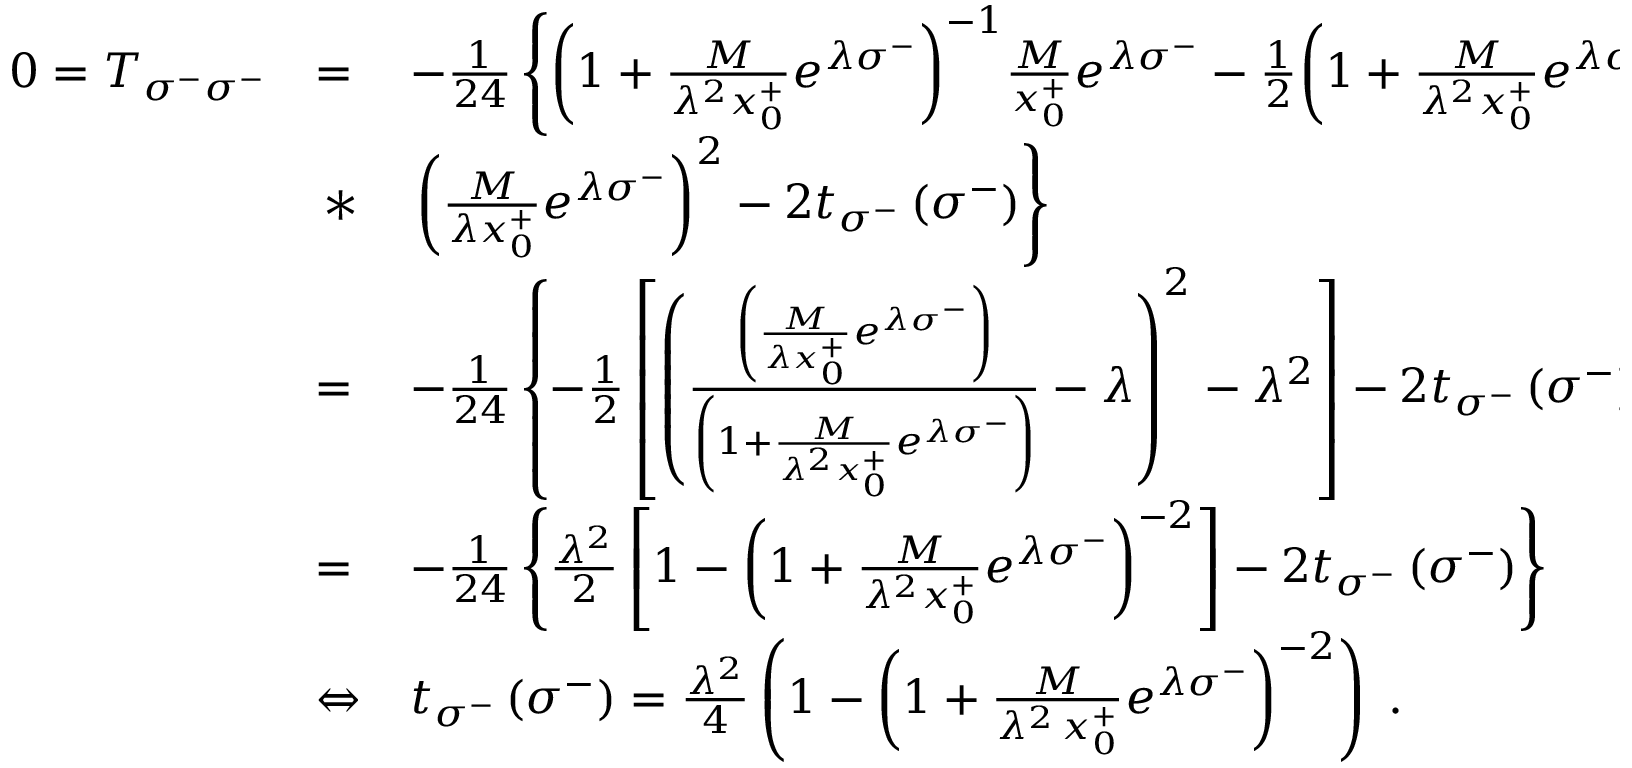
\begin{array} { l l l } { { 0 = T _ { \sigma ^ { - } \sigma ^ { - } } } } & { { = } } & { { - { \frac { 1 } { 2 4 } } \left\{ { \left( 1 + { \frac { M } { \lambda ^ { 2 } x _ { 0 } ^ { + } } } e ^ { \lambda \sigma ^ { - } } \right) } ^ { - 1 } { \frac { M } { x _ { 0 } ^ { + } } } e ^ { \lambda \sigma ^ { - } } - { \frac { 1 } { 2 } } { \left( 1 + { \frac { M } { \lambda ^ { 2 } x _ { 0 } ^ { + } } } e ^ { \lambda \sigma ^ { - } } \right) } ^ { - 2 } \right. } } \\ { { \ } } & { { \, * } } & { { \left. { \left( { \frac { M } { \lambda x _ { 0 } ^ { + } } } e ^ { \lambda \sigma ^ { - } } \right) } ^ { 2 } - 2 t _ { \sigma ^ { - } } \left( \sigma ^ { - } \right) \right\} } } \\ { { \ } } & { { = } } & { { - { \frac { 1 } { 2 4 } } \left\{ - { \frac { 1 } { 2 } } \left[ { \left( \frac { \left( { \frac { M } { \lambda x _ { 0 } ^ { + } } } e ^ { \lambda \sigma ^ { - } } \right) } { \left( 1 + { \frac { M } { \lambda ^ { 2 } x _ { 0 } ^ { + } } } e ^ { \lambda \sigma ^ { - } } \right) } - \lambda \right) } ^ { 2 } - \lambda ^ { 2 } \right] - 2 t _ { \sigma ^ { - } } \left( \sigma ^ { - } \right) \right\} } } \\ { { \ } } & { { = } } & { { - { \frac { 1 } { 2 4 } } \left\{ { \frac { \lambda ^ { 2 } } { 2 } } \left[ 1 - { \left( 1 + { \frac { M } { \lambda ^ { 2 } x _ { 0 } ^ { + } } } e ^ { \lambda \sigma ^ { - } } \right) } ^ { - 2 } \right] - 2 t _ { \sigma ^ { - } } \left( \sigma ^ { - } \right) \right\} } } \\ { { \ } } & { { \Leftrightarrow } } & { { t _ { \sigma ^ { - } } \left( \sigma ^ { - } \right) = { \frac { \lambda ^ { 2 } } { 4 } } \left( 1 - { \left( 1 + { \frac { M } { \lambda ^ { 2 } \, x _ { 0 } ^ { + } } } e ^ { \lambda \sigma ^ { - } } \right) } ^ { - 2 } \right) \; . } } \end{array}